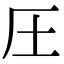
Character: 圧